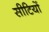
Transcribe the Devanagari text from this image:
सीटियों